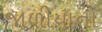
જાળીયાનો